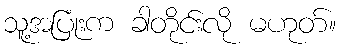
သူ့အပြုံးက ခါတိုင်းလို မဟုတ်။